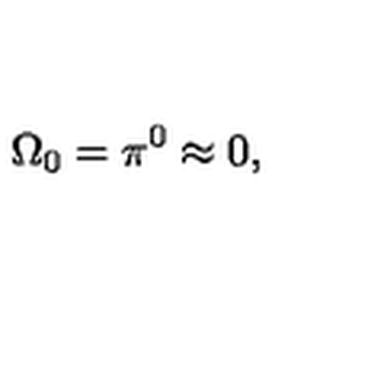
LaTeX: \Omega _ { 0 } = \pi ^ { 0 } \approx 0 ,